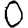
Digit: 0